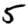
Digit: 5